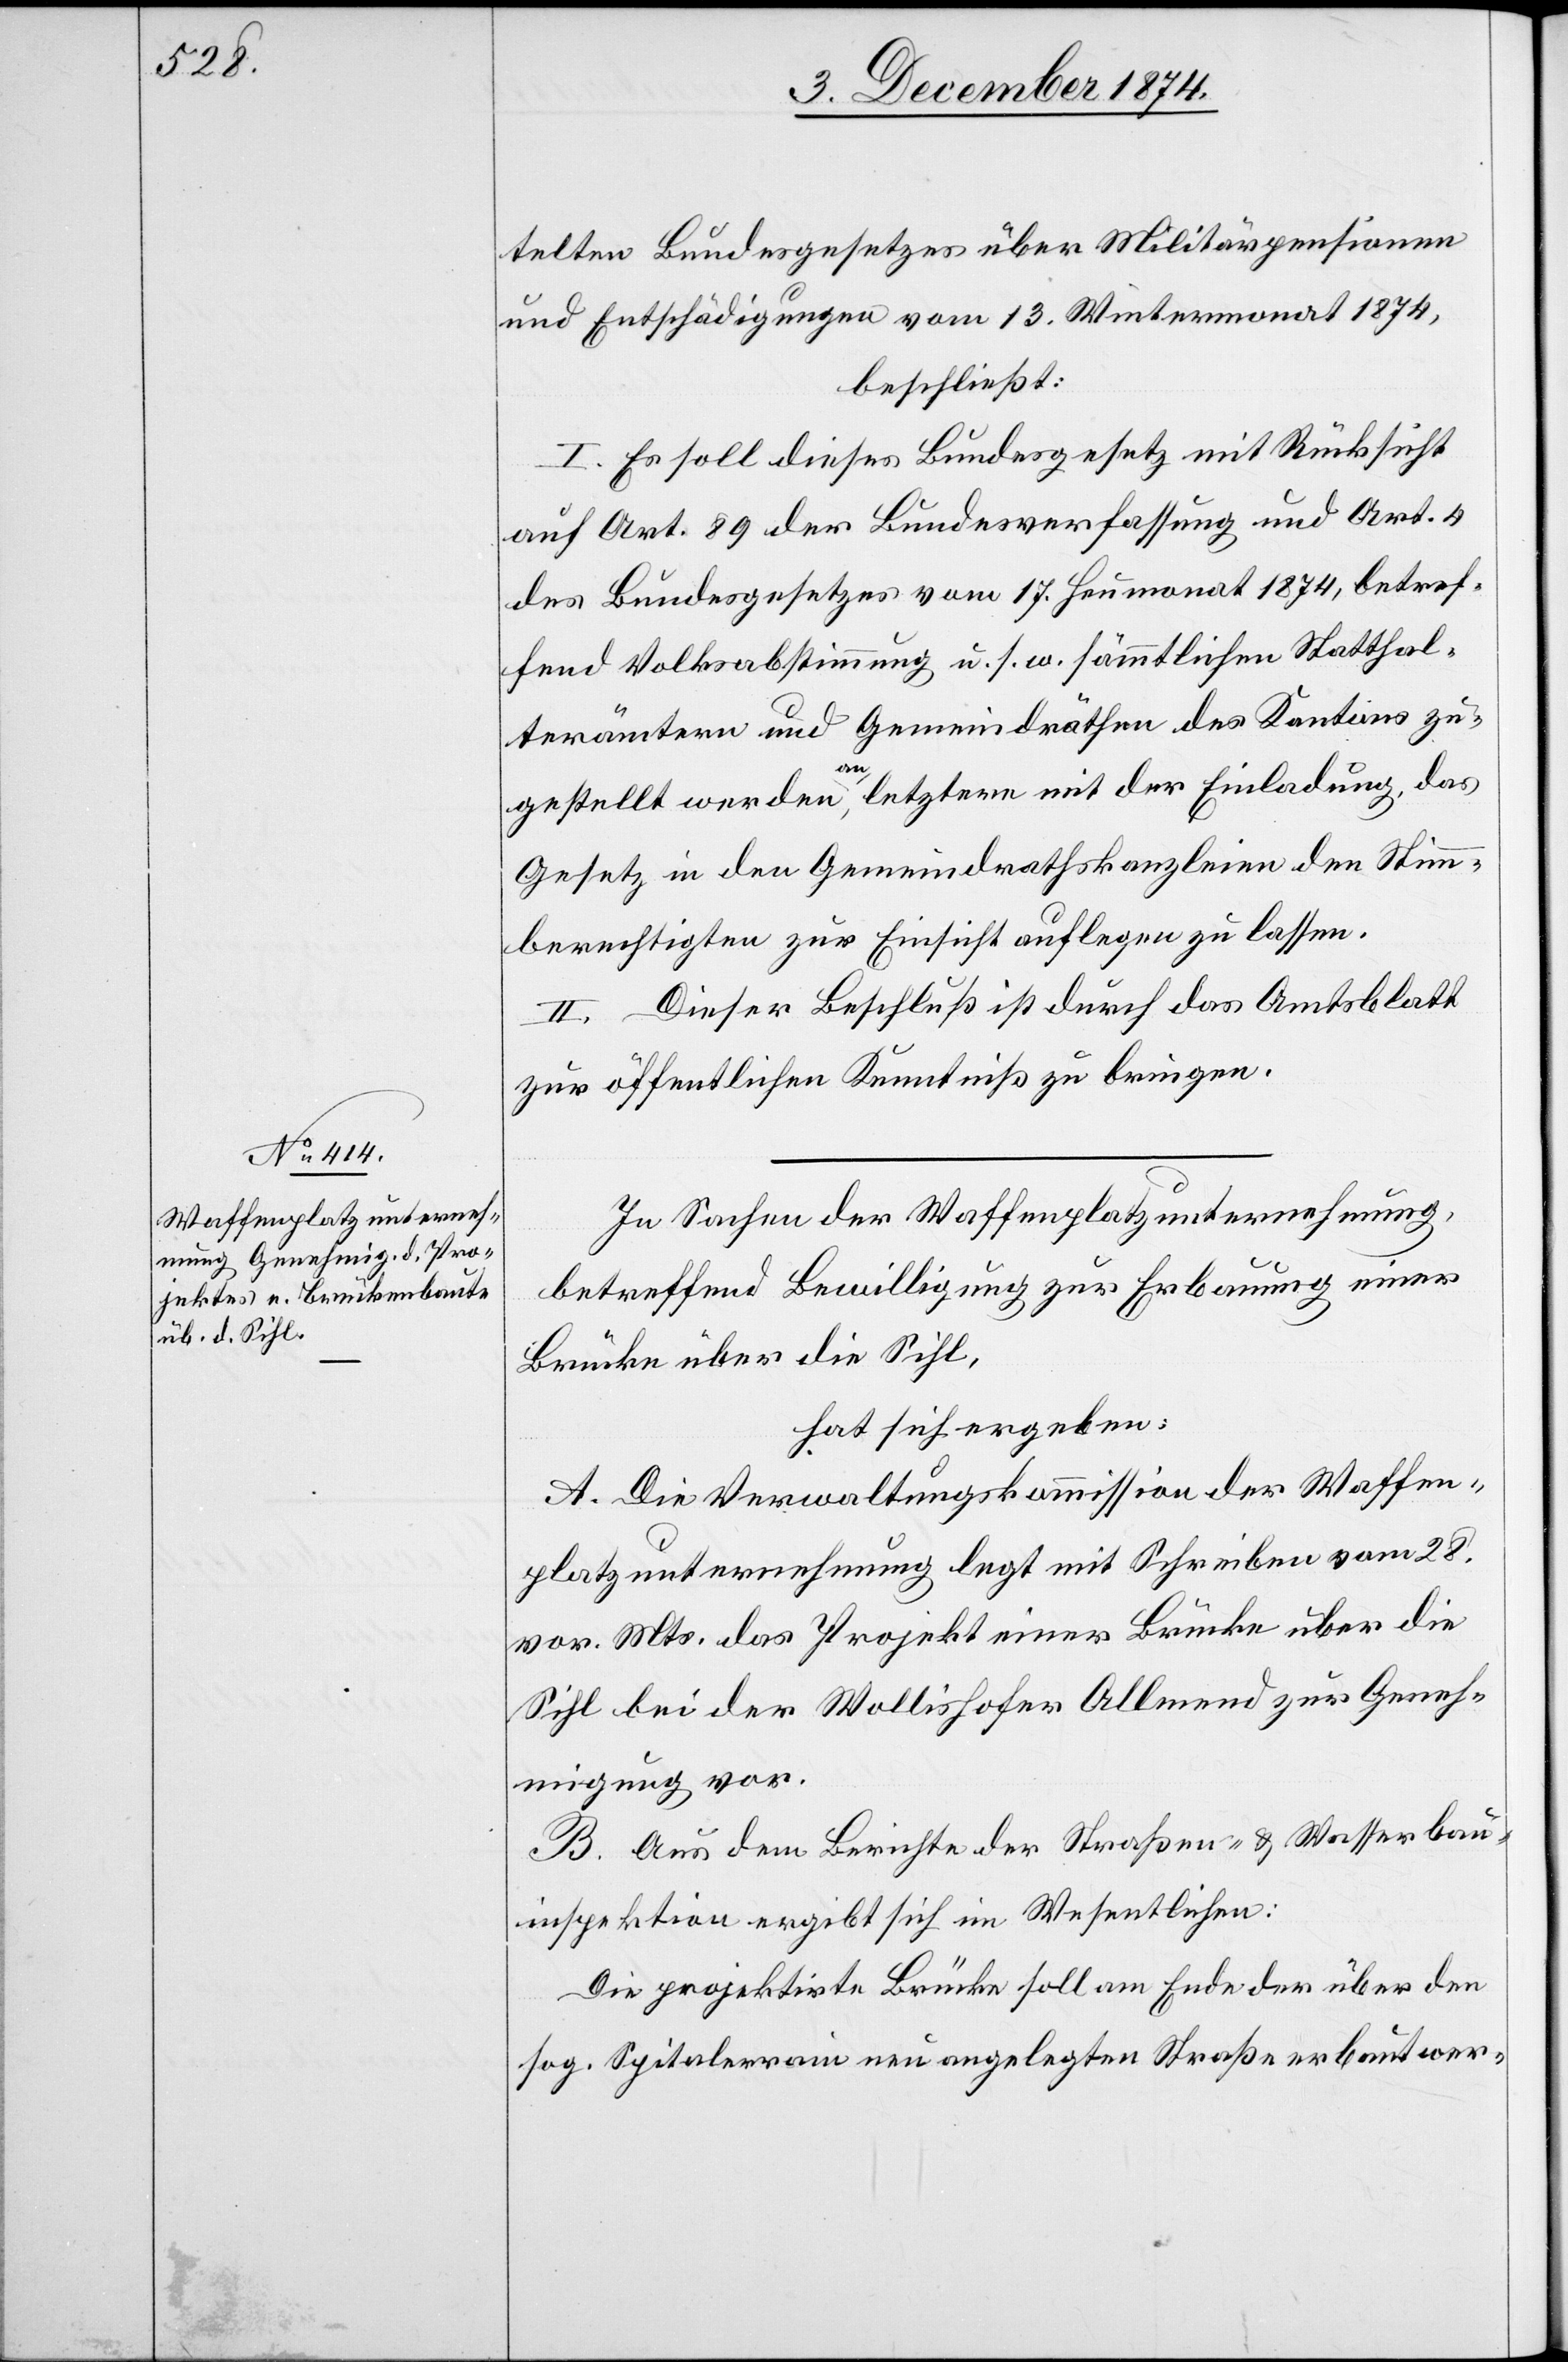
telten Bundesgesetzes über Militärpensionen
und Entschädigungen vom 13. Wintermonat 1874,
beschließt:
I. Es soll dieses Bundesgesetz mit Rücksicht
auf Art. 89 der Bundesverfassung und Art. 4
des Bundesgesetzes vom 17. Heumonat 1874, betref¬
fend Volksabstimmung u. s. w. sämmtlichen Statthal¬
terämtern und Gemeindräthen des Kantons zu¬
gestellt werden, an letztere mit der Einladung, das
Gesetz in den Gemeindrathskanzleien den Stimm¬
berechtigten zur Einsicht auflegen zu lassen.
II. Dieser Beschluß ist durch das Amtsblatt
zur öffentlichen Kenntniß zu bringen.
In Sachen der Waffenplatzunternehmung,
betreffend Bewilligung zur Erbauung einer
Brücke über die Sihl,
hat sich ergeben:
A. Die Verwaltungskommission der Waffen¬
platzunternehmung legt mit Schreiben vom 28.
vor. Mts. das Projekt einer Brücke über die
Sihl bei der Wollishofer Allmend zur Geneh¬
migung vor.
B. Aus dem Berichte der Straßen- & Wasserbau¬
inspektion ergibt sich im Wesentlichen:
Die projektirte Brücke soll am Ende der über den
sog. Spitalerrain neu angelegten Straße erbaut wer-